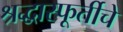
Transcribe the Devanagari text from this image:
श्रद्धास्फूर्तीचे